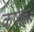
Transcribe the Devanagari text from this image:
कर्षकः